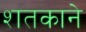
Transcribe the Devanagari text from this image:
शतकाने